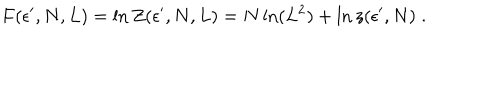
F ( \epsilon ^ { \prime } , N , L ) = \ln Z ( \epsilon ^ { \prime } , N , L ) = N \ln ( L ^ { 2 } ) + \ln z ( \epsilon ^ { \prime } , N ) \; .